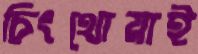
চিংথোয়াই